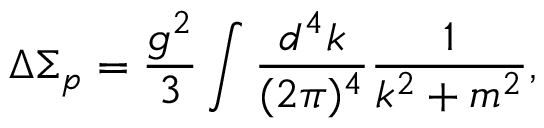
\Delta \Sigma _ { p } = \frac { g ^ { 2 } } 3 \int \frac { d ^ { 4 } k } { ( 2 \pi ) ^ { 4 } } \frac 1 { k ^ { 2 } + m ^ { 2 } } ,